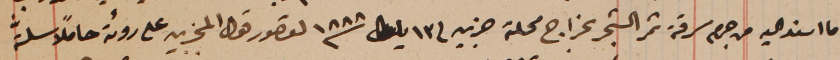
ما اسند اليه من جرم سرقة ثمر الشجر بخراج محلة جزين فى ١٣ ايلول سنة ١٨٨٨ لقصور قول المجزين على رؤىة حاملاً سلَّة